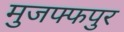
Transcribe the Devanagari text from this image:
मुजफ्फपुर